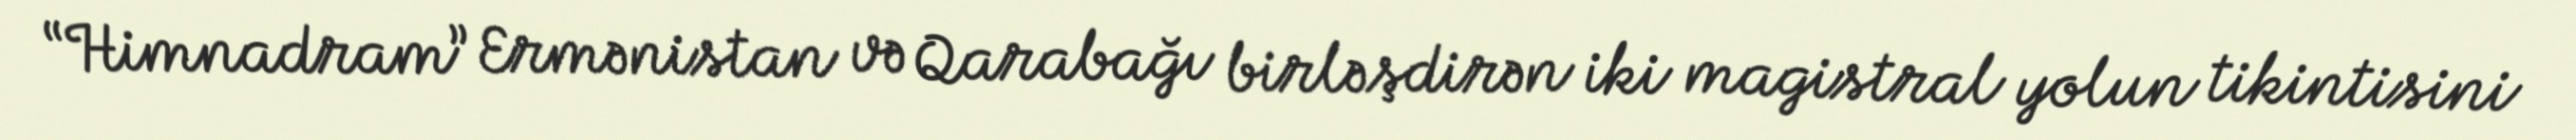
“Himnadram” Ermənistan və Qarabağı birləşdirən iki magistral yolun tikintisini